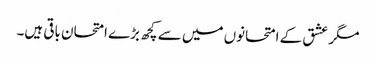
مگر عشق کے امتحانوں میں سے کچھ بڑے امتحان باقی ہیں۔